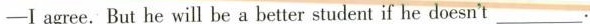
—I agree. But he will be a betterstudent if he doesn't ___